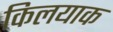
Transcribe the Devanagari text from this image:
किलयाक